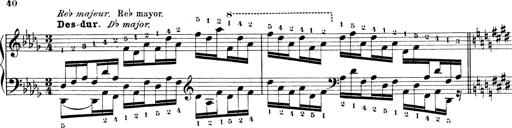
Title: Technische Studien
Composer: Franz Liszt